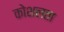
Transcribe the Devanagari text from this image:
कोशलता